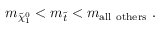
m _ { \tilde { \chi } _ { 1 } ^ { 0 } } < m _ { \tilde { t } } < m _ { \mathrm { a l l ~ o t h e r s } } \ .